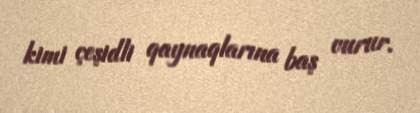
kimi çeşidli qaynaqlarına baş vurur.